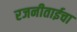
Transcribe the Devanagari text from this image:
रजनीताईचा